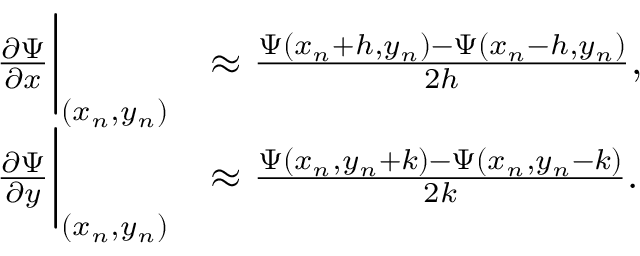
\begin{array} { r l } { \frac { \partial \Psi } { \partial x } \bigg | _ { ( x _ { n } , y _ { n } ) } } & { \approx \frac { \Psi ( x _ { n } + h , y _ { n } ) - \Psi ( x _ { n } - h , y _ { n } ) } { 2 h } , } \\ { \frac { \partial \Psi } { \partial y } \bigg | _ { ( x _ { n } , y _ { n } ) } } & { \approx \frac { \Psi ( x _ { n } , y _ { n } + k ) - \Psi ( x _ { n } , y _ { n } - k ) } { 2 k } . } \end{array}